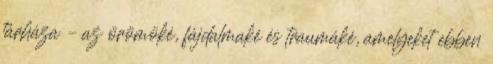
tárháza – az örömöké, fájdalmaké és traumáké, amelyeket ebben